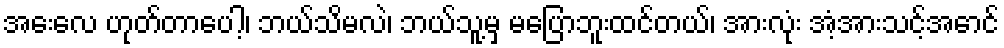
အေးလေ ဟုတ်တာပေါ့၊ ဘယ်သိမလဲ၊ ဘယ်သူ့မှ မပြောဘူးထင်တယ်၊ အားလုံး အံ့အားသင့်အောင်